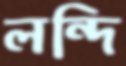
লন্দি